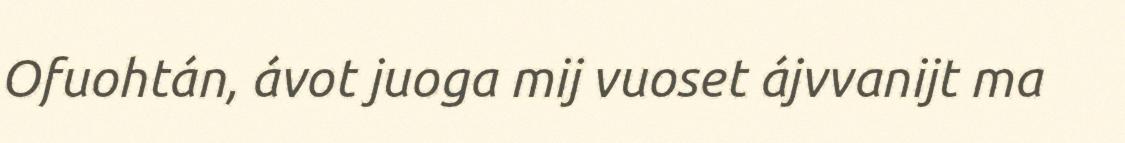
Ofuohtán, ávot juoga mij vuoset ájvvanijt ma